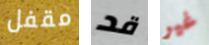
مقفل قد غير